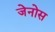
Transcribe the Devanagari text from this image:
जेनोस